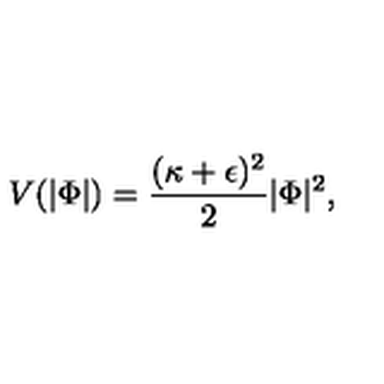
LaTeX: V ( | \Phi | ) = { \frac { ( \kappa + \epsilon ) ^ { 2 } } { 2 } } | \Phi | ^ { 2 } ,